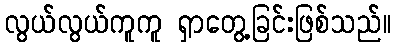
လွယ်လွယ်ကူကူ ရှာတွေ့ခြင်းဖြစ်သည်။